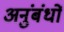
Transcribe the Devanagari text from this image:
अनुंबंधों